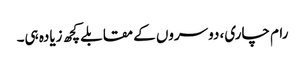
رام چاری، دوسروں کے مقابلے کچھ زیادہ ہی۔